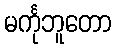
မင်္ကုဘူတော